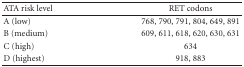
<table><thead><tr><td><b>ATA risk level</b></td><td><b>RET codons</b></td></tr></thead><tbody><tr><td>A (low)</td><td>768, 790, 791, 804, 649, 891</td></tr><tr><td>B (medium)</td><td>609, 611, 618, 620, 630, 631</td></tr><tr><td>C (high)</td><td>634</td></tr><tr><td>D (highest)</td><td>918, 883</td></tr></tbody></table>